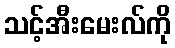
သင့်အီးမေးလ်ကို